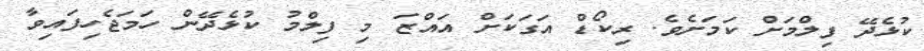
ކުޅެދޭ ފިލްމަށް ކަމަށެވެ. ރިކޯޑް އަގަކަށް އައްޒަ މި ފިލްމު ކުޅެދޭން ހަމަޖެހިފައިވާ